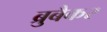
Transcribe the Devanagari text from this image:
ब्रुबैकर